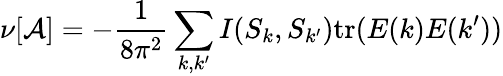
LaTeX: \nu[{\cal A}]=-\frac{1}{8\pi^{2}}\sum_{k,k^{\prime}}I(S_{k},S_{k^{\prime}})\mathrm{tr}(E(k)E(k^{\prime}))